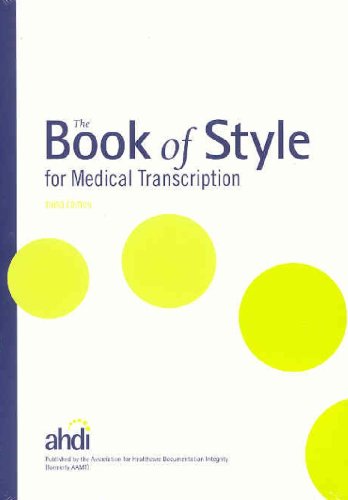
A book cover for The Book of Style for Medical Transcription, 3rd Edition; Lea M. Sims; Medical Books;